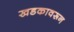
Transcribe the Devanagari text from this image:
खडकावरून